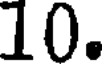
10.